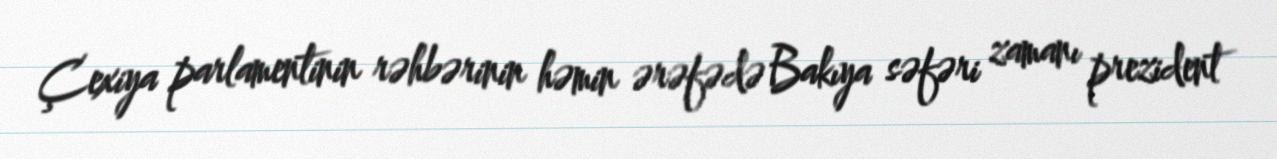
Çexiya parlamentinin rəhbərinin həmin ərəfədə Bakıya səfəri zamanı prezident